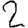
Digit: 2